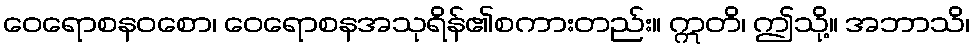
ဝေရောစနဝစော၊ ဝေရောစနအသုရိန်၏စကားတည်း။ ဣတိ၊ ဤသို့။ အဘာသိ၊